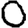
Digit: 0